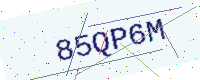
Text: 85QP6M